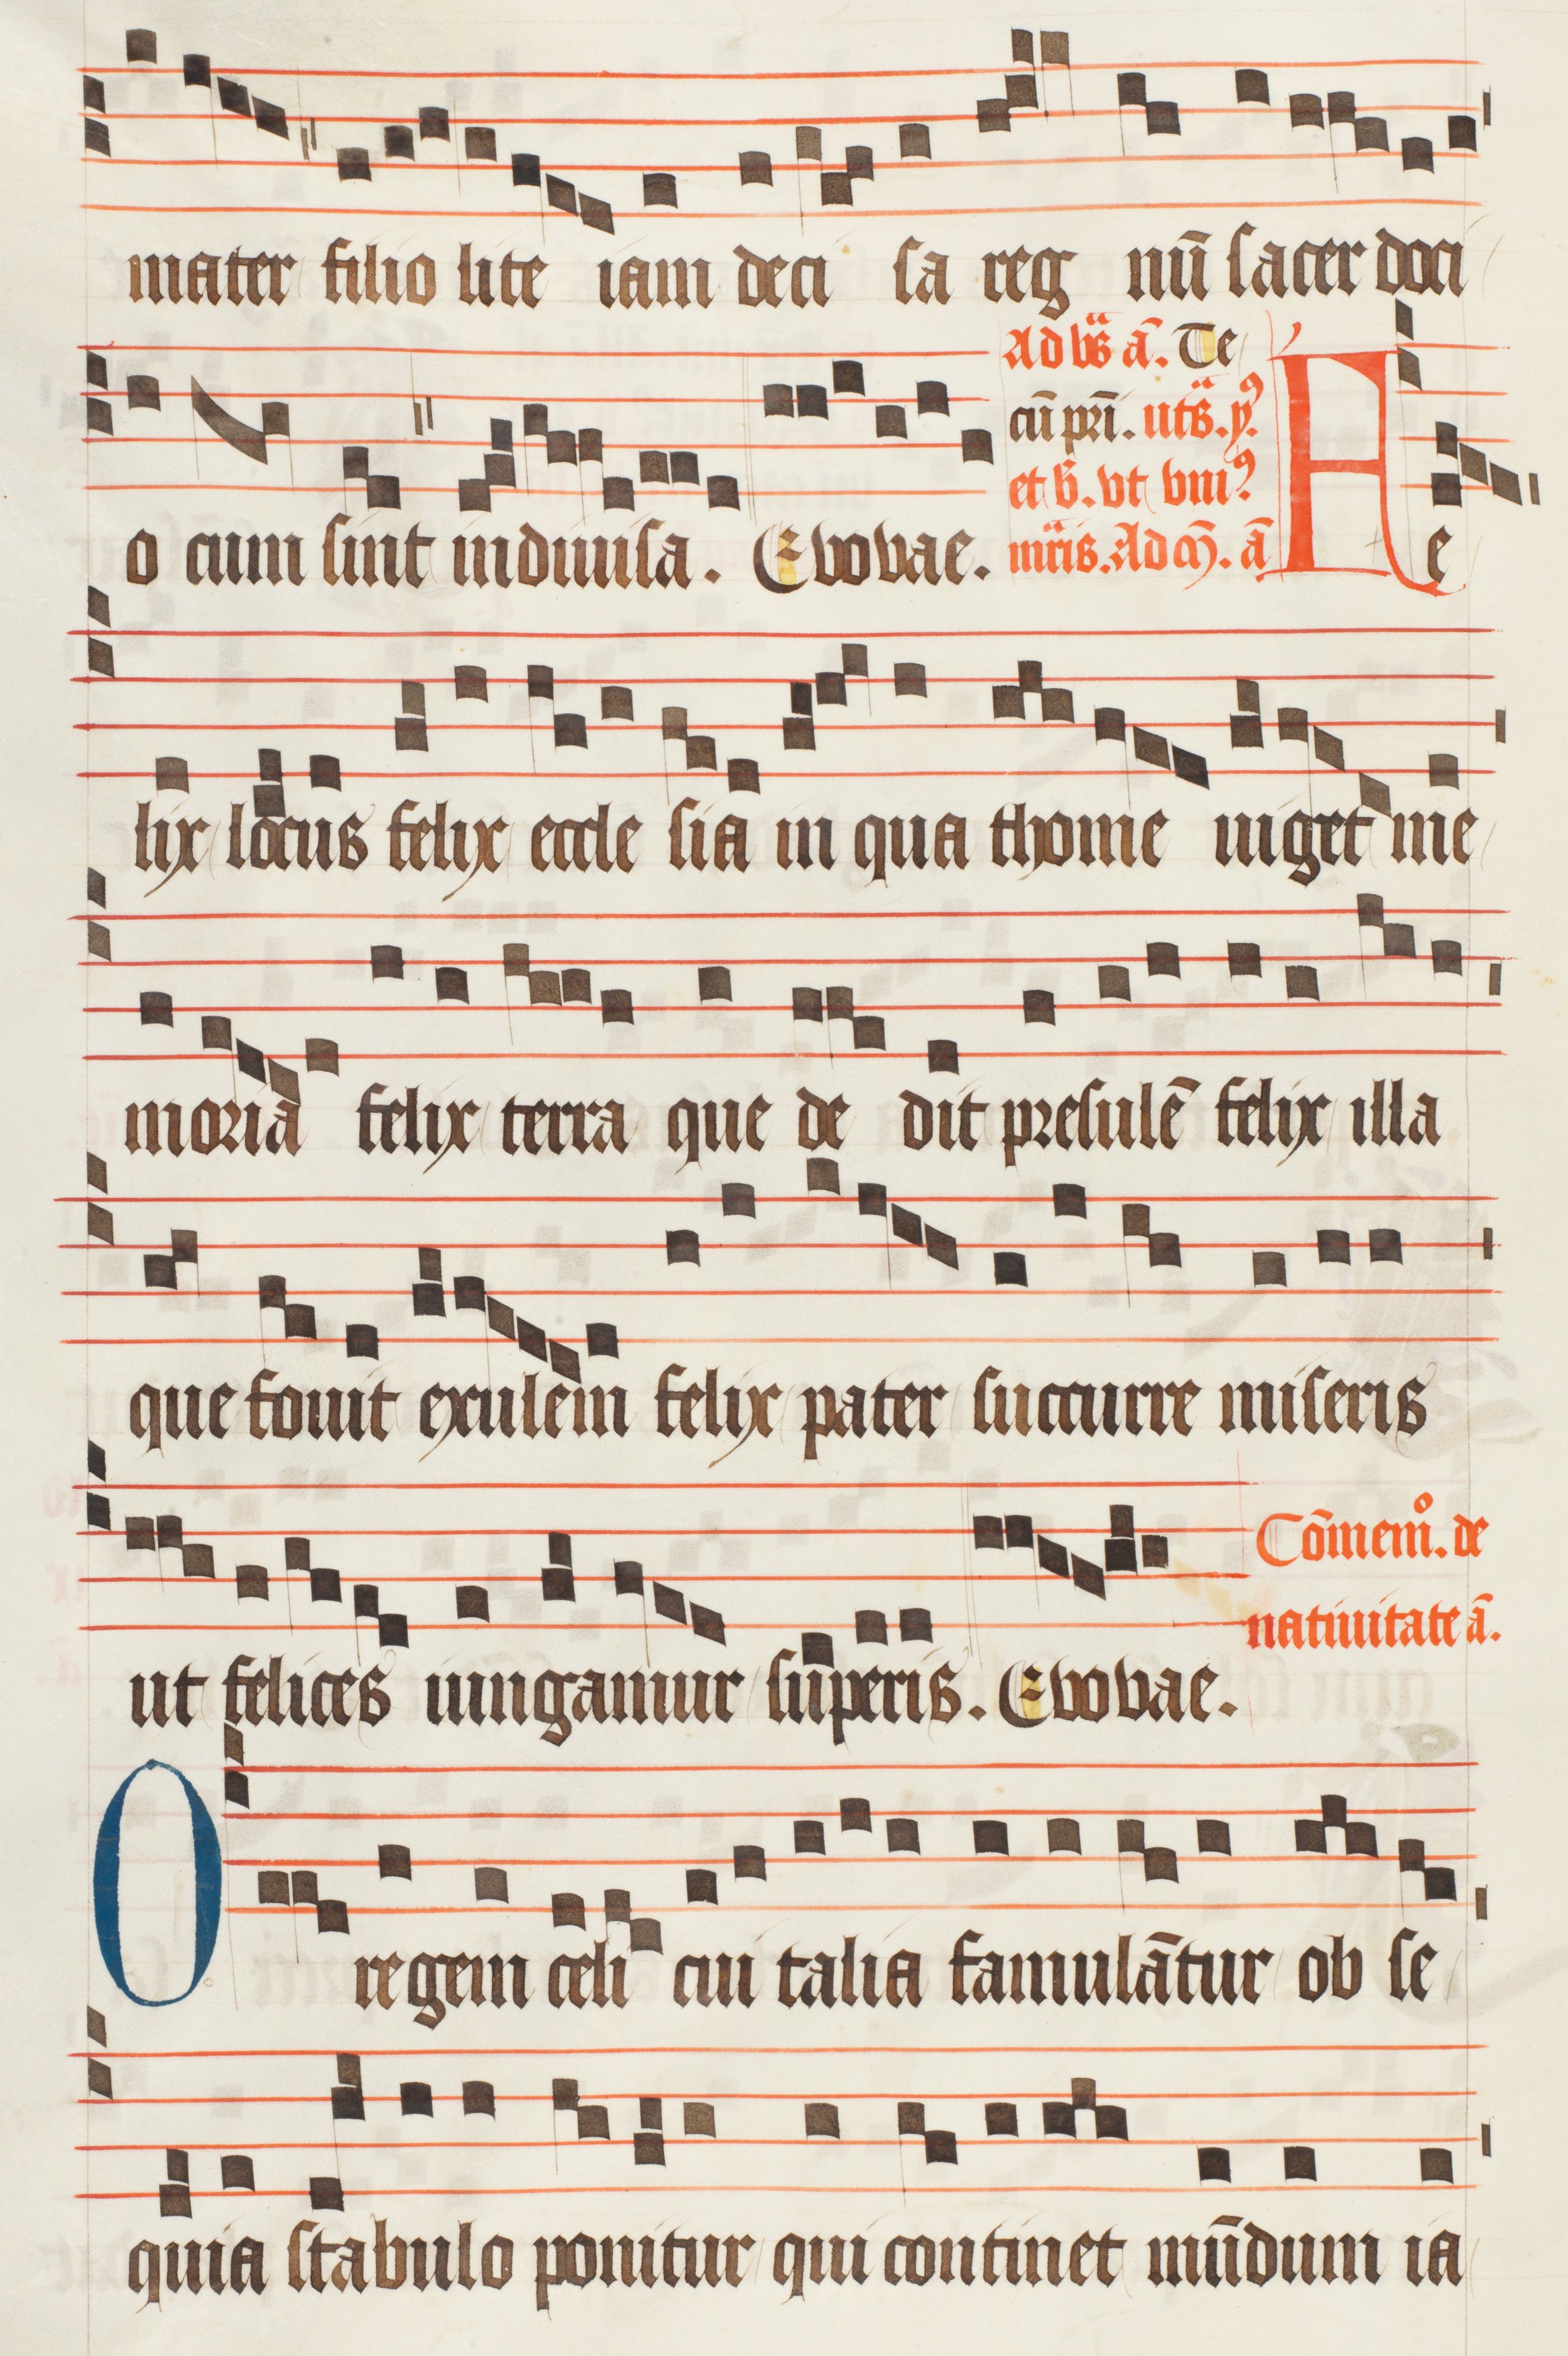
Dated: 1474–1505